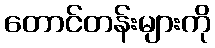
တောင်တန်းများကို